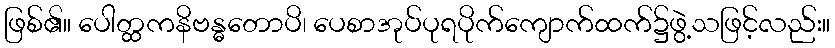
ဖြစ်၏။ ပေါတ္ထကနိဗန္ဓတောပိ၊ ပေစာအုပ်ပုရပိုက်ကျောက်ထက်၌ဖွဲ့သဖြင့်လည်း။